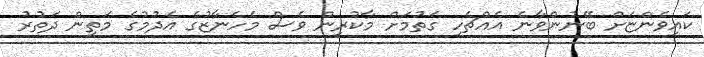
ކައިވެންޏަށް ބޭނުންވާނެ އެއްޗެހި ގަތުމަށް މާކުރިން ވެސް މެހެނާޒުގެ އެދުމުގެ މަތިން ދަތުރު